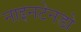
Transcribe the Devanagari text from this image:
नाइनटेनडो